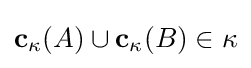
\mathbf {c} _{\kappa }(A)\cup \mathbf {c} _{\kappa }(B)\in \kappa